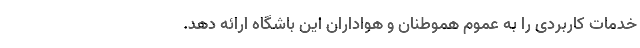
خدمات کاربردی را به عموم هموطنان و هواداران این باشگاه ارائه دهد.